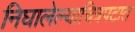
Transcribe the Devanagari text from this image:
निघालेल्याचित्रपटात